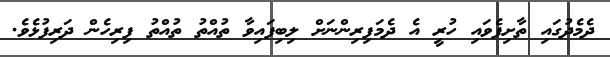
ދެމެދުގައި ތާށިފެވައި ހުރީ އެ ދެމަފިރިންނަށް ލިބިފައިވާ ތުއްތު ތުއްތު ފިރިހެން ދަރިފުޅެވެ.